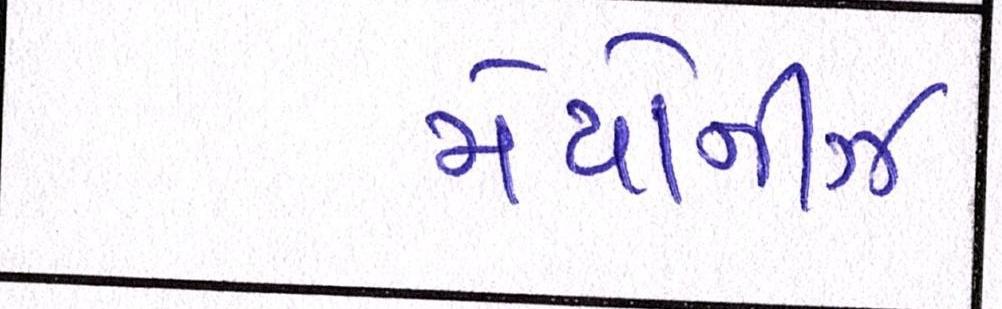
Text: મેયોનીઝ